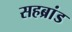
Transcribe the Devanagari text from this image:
सहब्रांड